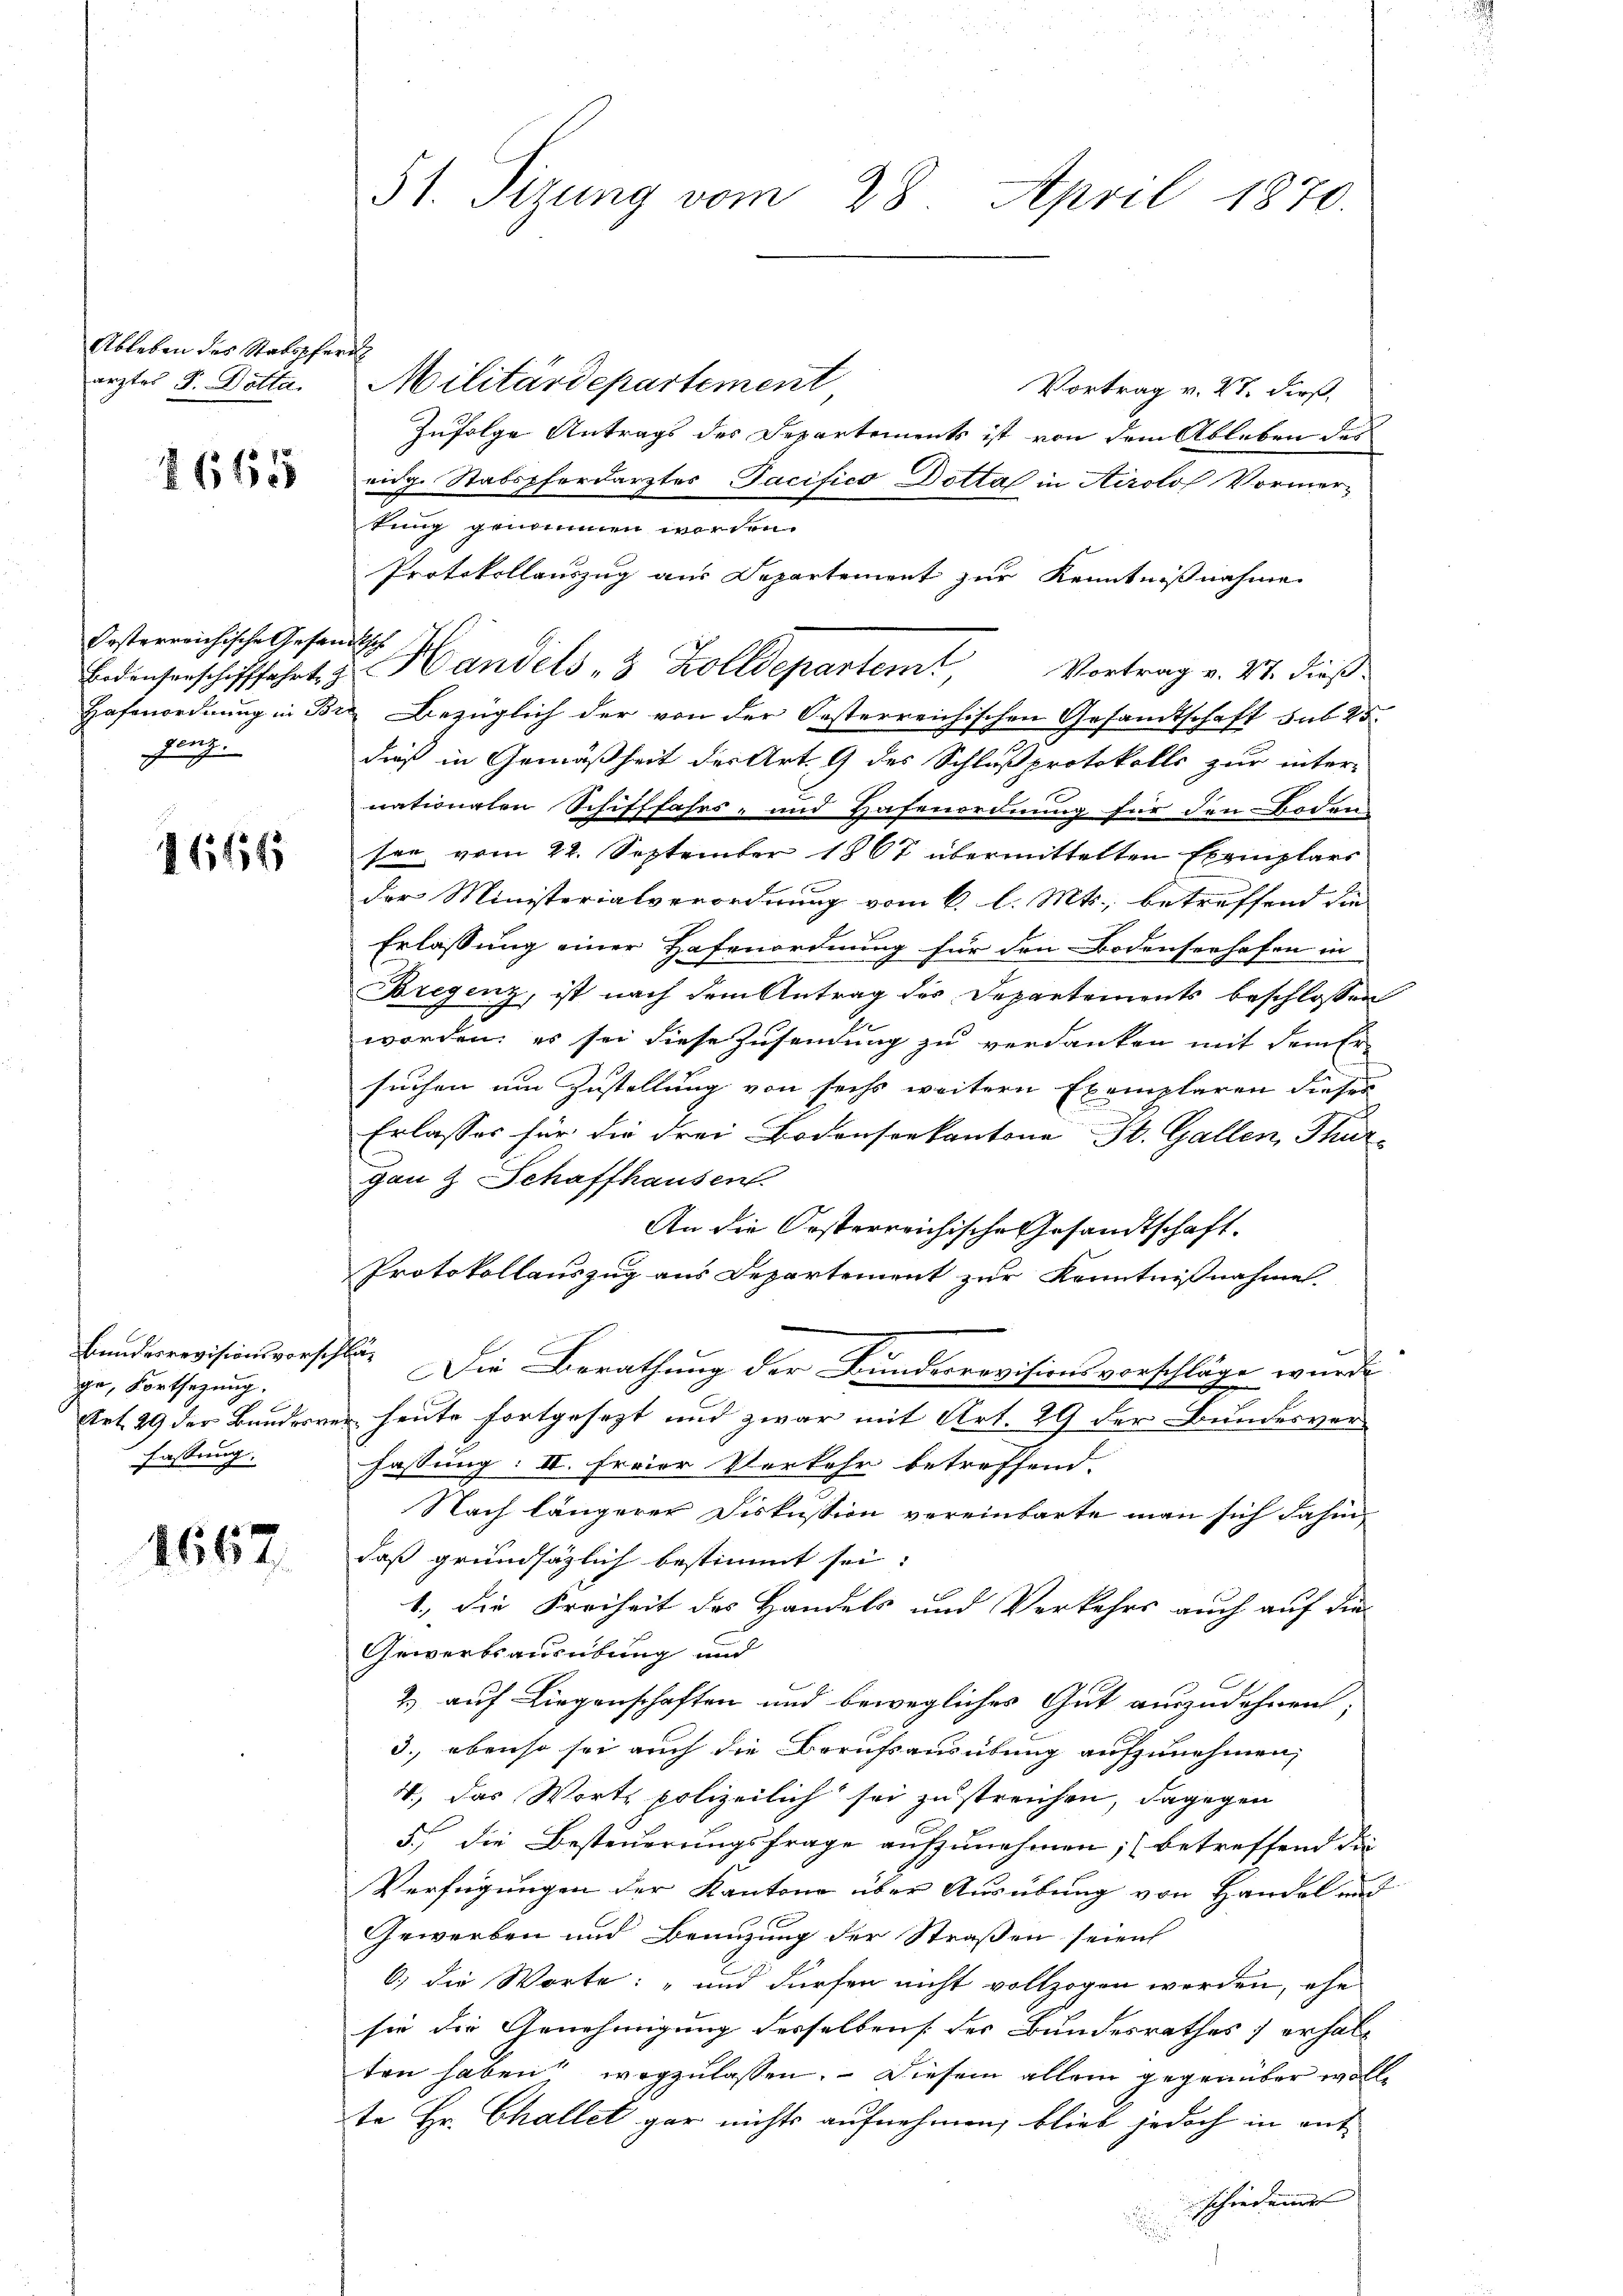
Ableben des Statspfern

Oesterreichische Gesandtsch
ganz

111565

Bundesrevisionsvorschläg
ge, Fortsezung.
fassung.

1667.

erztes J. Dotta. Militärdepartement
Vortrag v. 27. dieß,
Zufolge Antrags der Departements ist von dem Ableben des
 eidg. Stabspferdarztes Pacifico Dottal in Airolof Vormerkung genommen worden.
Protokollauszug aus Departement zur Kenntnißnahme
Bedensenschifffahrt zu Handels " 3 Zolldepartem Vortrag v. 27. dieß
Hafenordnung in Br. Bezüglich der von der Oesterreichischen Gesamtschaft sub 25.
dieß in Gemäßheit der Art. 9 des Schlußprotokolls zur inter-
nationalen Schifffahrs- und Hafenordnung für den Boden
son vom 22. September 1867 übermittelten Exemplars
e
der Ministerialverordnung vom 6. l. Mts., betreffend die
Erlassung einer Hafenordnung für den Bodenserhofen in
Bregenz, ist nach dem Antrag des Departements beschlossen
worden, es sei diese Zusendung zu verdanken mit dem Er
suchen um Zustellung von sechs weitern Exemplaren dieser
Erlasses für die drei Bodenseekantone St. Gallen, Thurgau & Schaffhausen.
An die Orsterreichische Gesandtschaft.
Protokollauszug aus Departement zur Kenntnißnahme.
Die Berathung der Bundesrevisionsvorschläge wurde
Art. 29 der Bundesrer heute fortgesezt und zwar mit Art. 29 der Bundesver-
fassung: II. Fraar Verkehr betreffend.
Nach längerer Fiskussion vereinbarte man sich dahin,
daß grundsätzlich bestimmt sei.
1., die Freiheit des Handels und Verkehrs auch auf die
Gewerbsausübung und
2.) auf Liegenschaften und bewegliches Gut auszudehnen;
3., ebenso sei auch die Berufsausübung aufzunehmen,
4., das Worte polizeilich sei zu streichen, dagegen
5.) Die Besteuerungsfrage aufzunehmen; (betreffend die
Verfügungen der Kantone über Ausübung von Handel auch
Gewerben und Benuzung der Straßen seien
6; die Worte: „und dürfen nicht vollzogen werden, ehe
sie die Genehmigung desselben der Bundesrathes) erhalten haben wegzulassen. – Diesem allein gegenüber wolle
te Hr. Challet gar nichts aufnehmen, blieb jedoch in entschieden

51. Sizung vom 28. April 1870.